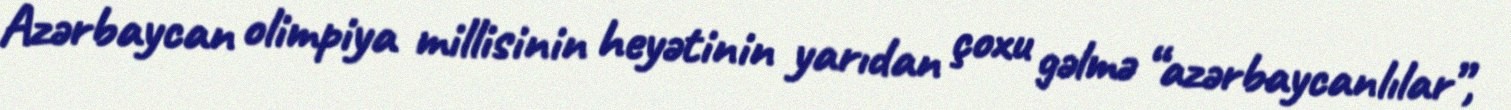
Azərbaycan olimpiya millisinin heyətinin yarıdan çoxu gəlmə “azərbaycanlılar”,